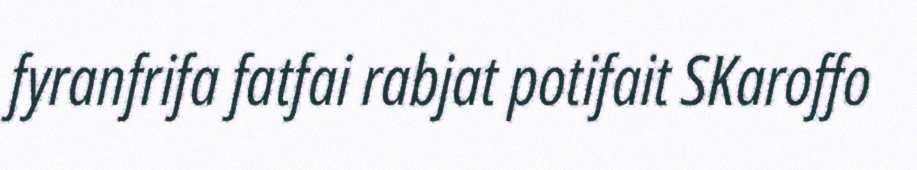
fyranfrifa fatfai rabjat potifait SKaroffo